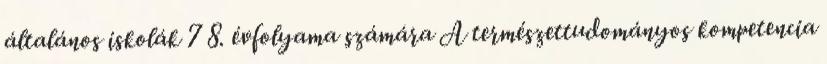
általános iskolák 7 8. évfolyama számára A természettudományos kompetencia